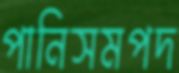
পানিসমপদ